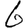
Digit: 6